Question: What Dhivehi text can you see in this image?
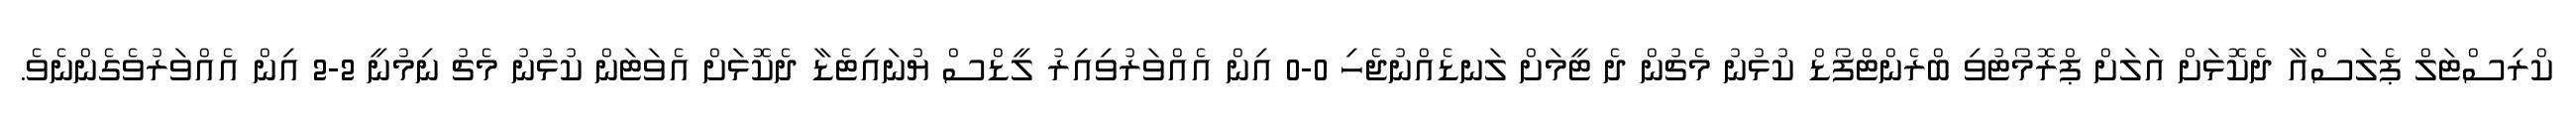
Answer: ކްރިސްޓަލް ޕެލަސްއާ ދެކޮޅަށް އަލަށް ޕްރޮމޯޓުވި ބްރެންޓްފޯޑް ކުޅުނު މެޗުން ދެ ޓީމަށް ލަނޑެއްނުޖެހި 0-0 އިން އެއްވަރުވިއިރު ލީޑްސް ޔުނައިޓެޑާ ދެކޮޅަށް އެވަޓަން ކުޅުނު މެޗު ނިމުނީ 2-2 އިން އެއްވަރުވެގެންނެވެ.